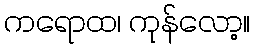
ကရောထ၊ ကုန်လော့။